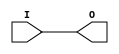
module IBUFG_SSTL2_II_DCI (O, I);

    output O;

    input  I;

	buf B1 (O, I);


endmodule